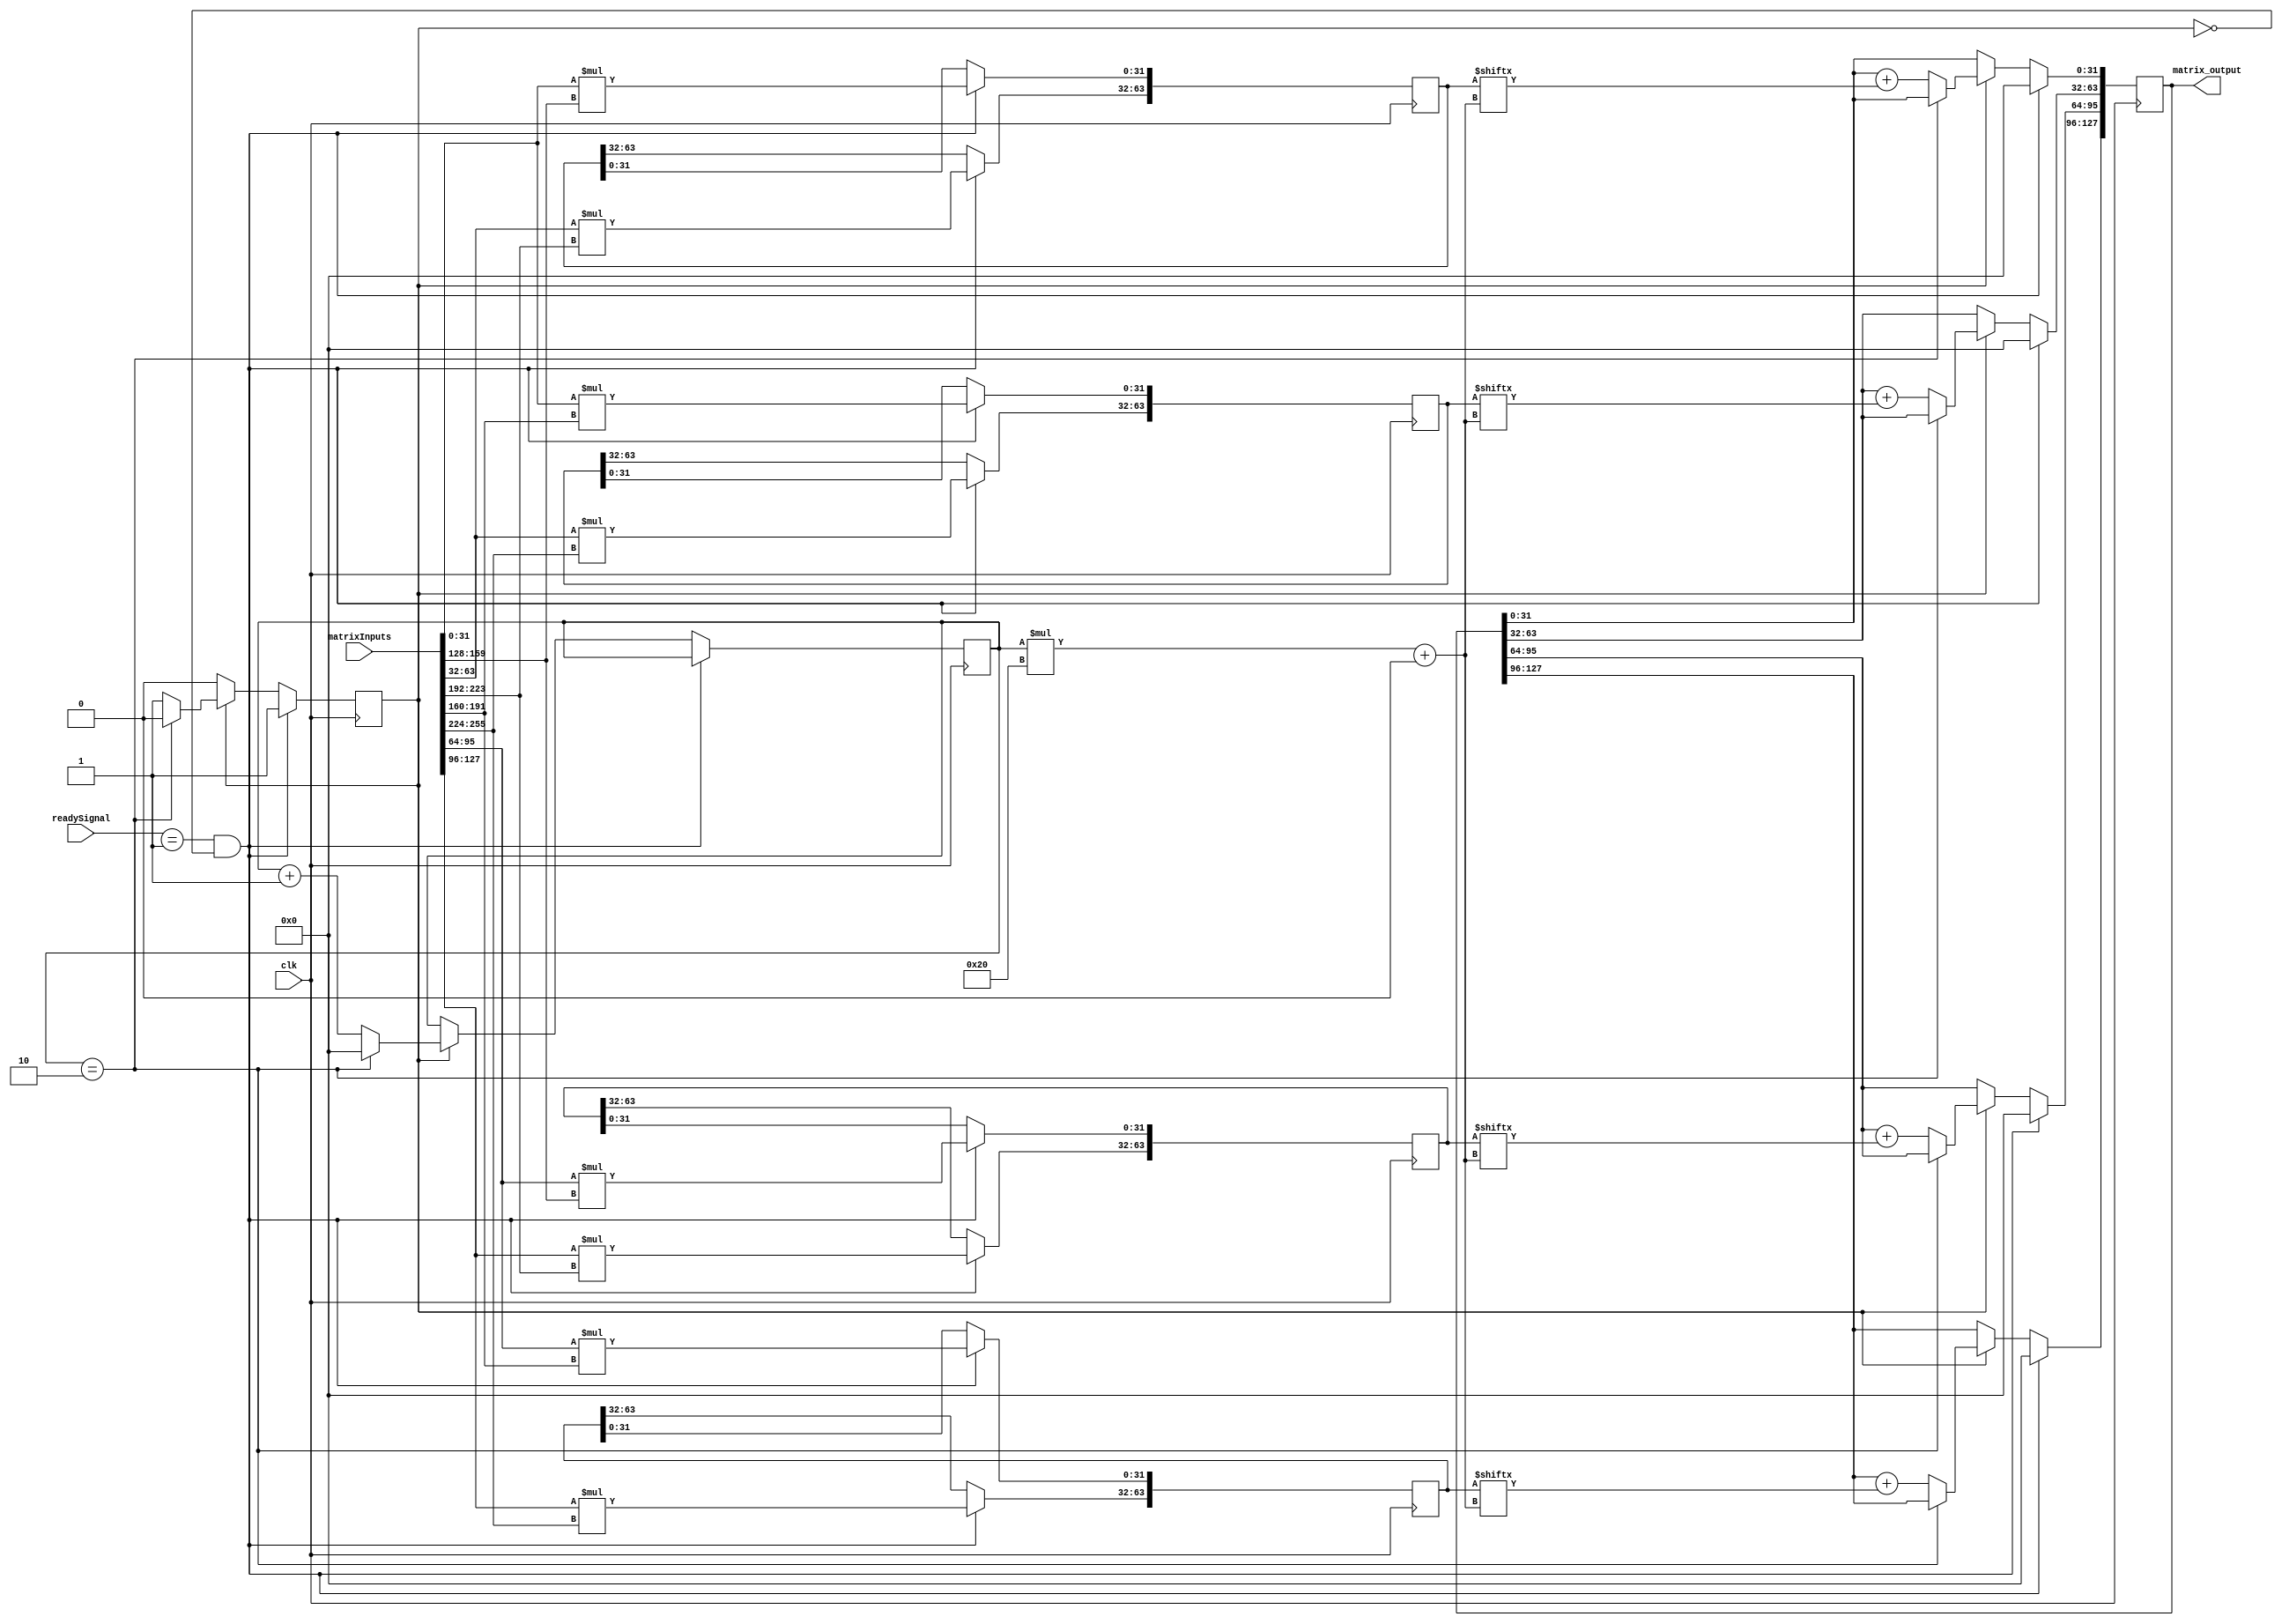
`timescale 1ns / 1ps
//////////////////////////////////////////////////////////////////////////////////
// Company: 
// Engineer: 
// 
// Design Name: 
// Module Name: matrixMultiply
// Project Name: 
// Target Devices: 
// Tool Versions: 
// Description: 
// 
// Dependencies: 
// 
// Revision:
// Revision 0.01 - File Created
// Additional Comments:
// 
//////////////////////////////////////////////////////////////////////////////////


module matrixMultiply
    # 
    (parameter PARAMREGNUMBERS = 8'd3  ,
//               INPUT_REG_NUM = 8'd20,
               OUTPUT_REG_NUM = 8'd4,
               mat1height = 8'd2,
               mat1width = 8'd2,
               mat2width = 8'd2,
               sizeOfMat1 = 8'd4,
               sizeOfMat2 = 8'd4,
               DATABITS = 8'd32
    )
    (
    input clk,
//    input [7:0] mat1height,
//    input [7:0] mat1width,
//    input [7:0] mat2width,
//    input signed [31:0] reg1,
//    input signed [31:0] reg2,
//    input signed [31:0] reg3,
//    input signed [31:0] reg4,
    input signed [DATABITS*(sizeOfMat1+sizeOfMat2)-1:0] matrixInputs, 
    input [DATABITS-1:0] readySignal, // 8+18+1 = 27
    output reg signed [DATABITS*OUTPUT_REG_NUM-1:0] matrix_output
    );
//    reg signed[31:0] sizeOfMat1;
//    reg signed[31:0] sizeOfMat2;
    integer	 result_row;
    integer  result_column;
    integer  term_number;
    integer  k; // for counting the OUTPUT_REG_NUM
    
    reg [31:0] binary_tree_counter = 0;
    
    reg [DATABITS*mat1width-1:0] sums[OUTPUT_REG_NUM-1:0];
    reg working = 0;
    initial begin
//        sizeOfMat1 = mat1height*mat1width;
//        sizeOfMat2 = mat1width*mat2width;
        matrix_output = 0;
        for (k = 0; k <= OUTPUT_REG_NUM - 1; k = k + 1)
        begin
            sums[k] = 0;
        end
    end
    always @(posedge clk) begin
        if(readySignal == 1 && working == 0) begin
            working <= 1;
            matrix_output <= 0;
            for (result_row = 0; result_row<=mat1height-1; result_row = result_row +1)
                for (result_column = 0; result_column<=mat2width-1; result_column = result_column +1)
                    for (term_number = 0; term_number <= mat1width-1; term_number = term_number +1)
                    begin
                        sums[result_row*mat2width+result_column] [(term_number)*DATABITS +: DATABITS]
                            = matrixInputs[(result_row*mat1width+term_number)*DATABITS +: DATABITS]*
                              matrixInputs[(sizeOfMat1+term_number*mat2width+result_column)*DATABITS +: DATABITS]; 
                    end
        end
        else if(working == 1) begin 
            if(binary_tree_counter == mat1width) begin // have done all the summation; TO DO: change this part to efficient algorithm!!
                working <= 0;
                binary_tree_counter <= 0;
            end
            else begin // summing algorithm 
                for(k = 0;k < OUTPUT_REG_NUM; k = k+1) begin
                    matrix_output[DATABITS*k +: DATABITS] <= matrix_output[DATABITS*k +: DATABITS] + sums[k][binary_tree_counter*DATABITS +: DATABITS];
                end
                binary_tree_counter <= binary_tree_counter +1;
            end
        end 
    end
endmodule